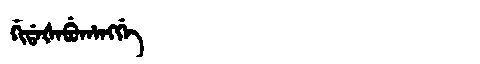
Manchu: ᡤᡳᡩᠠᡧᠠᠪᡠᡥᠠᠩᡤᡝ
Romanization: GIDAŠABUHANGGE